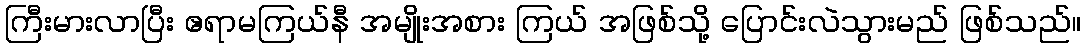
ကြီးမားလာပြီး ဧရာမကြယ်နီ အမျိုးအစား ကြယ် အဖြစ်သို့ ပြောင်းလဲသွားမည် ဖြစ်သည်။